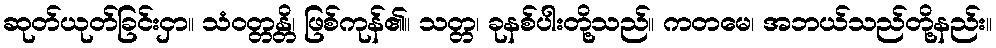
ဆုတ်ယုတ်ခြင်းငှာ။ သံဝတ္တန္တိ၊ ဖြစ်ကုန်၏။ သတ္တ၊ ခုနစ်ပါးတို့သည်။ ကတမေ၊ အဘယ်သည်တို့နည်း။